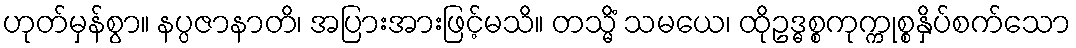
ဟုတ်မှန်စွာ။ နပ္ပဇာနာတိ၊ အပြားအားဖြင့်မသိ။ တသ္မိံ သမယေ၊ ထိုဥဒ္ဓစ္စကုက္ကုစ္စနှိပ်စက်သော